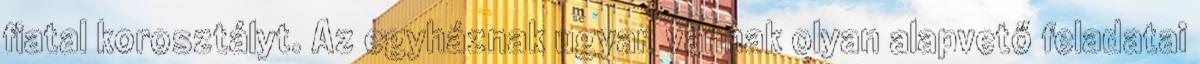
fiatal korosztályt. Az egyháznak ugyan vannak olyan alapvető feladatai